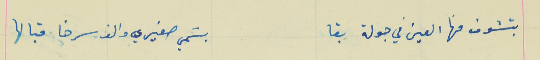
بتشوف منها العين في جولة بقا                          بسَمي صغيري والف سرخا قبالها